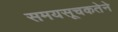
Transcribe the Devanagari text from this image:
समयसूचकतेने